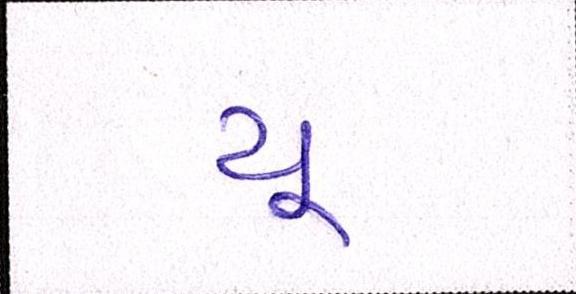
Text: યૂ